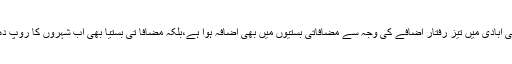
کچھ شہروں کی آبادی میں تیز رفتار اضافے کی وجہ سے مضافاتی بستیوں میں بھی اضافہ ہوا ہے،بلکہ مضافا تی بستیا بھی اب شہروں کا روپ دھار چکی ہیں ۔